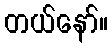
တယ်နော်။